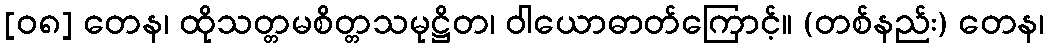
[၀၈] တေန၊ ထိုသတ္တမစိတ္တသမုဋ္ဌိတ၊ ဝါယောဓာတ်ကြောင့်။ (တစ်နည်း) တေန၊